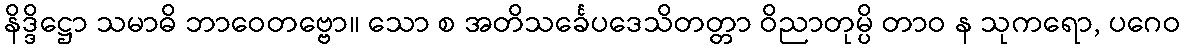
နိဒ္ဒိဋ္ဌော သမာဓိ ဘာဝေတဗ္ဗော။ သော စ အတိသင်္ခေပဒေသိတတ္တာ ဝိညာတုမ္ပိ တာဝ န သုကရော, ပဂေဝ